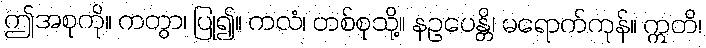
ဤအစုကို။ ကတွာ၊ ပြု၍။ ကလံ၊ တစ်စုသို့။ နဥပေန္တိ၊ မရောက်ကုန်။ ဣတိ၊